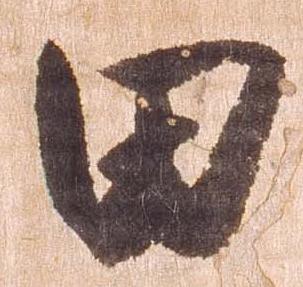
田